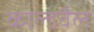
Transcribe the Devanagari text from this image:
काल्डवैल